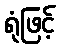
ရုံဖြင့်